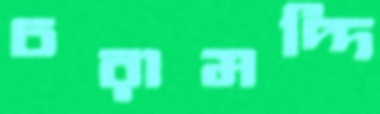
চরামদ্দি